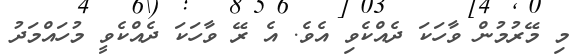
މި މޭރުމުން ވާހަކަ ދެއްކެވި އެވެ. އެ ރޭ ވާހަކަ ދެއްކެވީ މުހައްމަދު